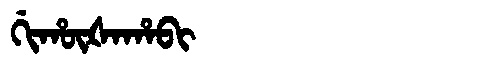
Manchu: ᡤᡳᡥᡡᡧᠠᡥᠠᠪᡳ
Romanization: GIHŪŠAHABI